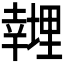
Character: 𱝁